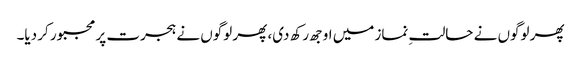
پھر لوگوں نے حالتِ نماز میں اوجھ رکھ دی، پھر لوگوں نے ہجرت پر مجبور کر دیا۔